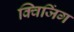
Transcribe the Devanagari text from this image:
क्विजिंग